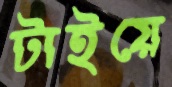
টাইয়ে